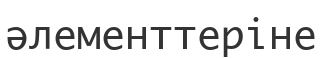
әлементтеріне